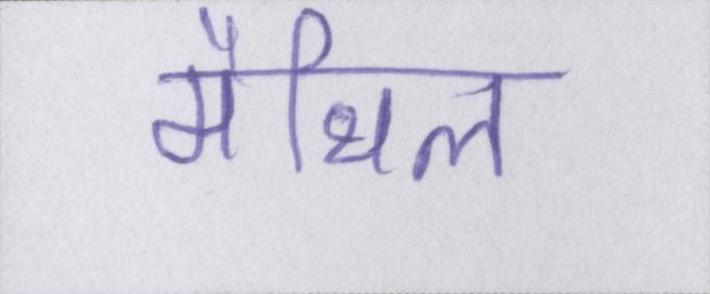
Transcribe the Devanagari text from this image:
मैथिल